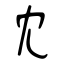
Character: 冘